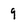
Character: 9